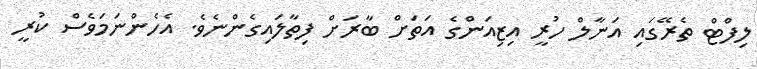
ލިފްޓް ތެރޭގައި އަނާލް ހުރީ އިޒިއަންގެ އަތަށް ބާރަށް ފިތާލައިގެންނެވެ. އެހެންނަމަވެސް ކުރީ